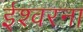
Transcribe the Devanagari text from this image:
ईश्वरना